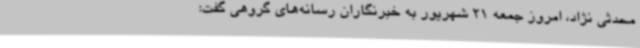
محدثی نژاد، امروز جمعه 21 شهریور به خبرنگاران رسانه‌های گروهی گفت: